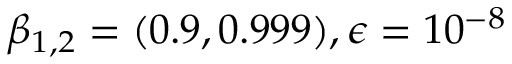
\beta _ { 1 , 2 } = ( 0 . 9 , 0 . 9 9 9 ) , \epsilon = 1 0 ^ { - 8 }